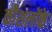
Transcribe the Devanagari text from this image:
कौशलोंके